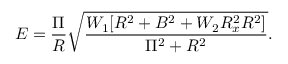
E = \frac { \Pi } { R } \sqrt { \frac { W _ { 1 } [ R ^ { 2 } + B ^ { 2 } + W _ { 2 } R _ { x } ^ { 2 } R ^ { 2 } ] } { \Pi ^ { 2 } + R ^ { 2 } } } .